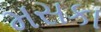
મસકા